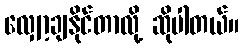
လျှော့ချနိုင်တာလို့ ဆိုပါတယ်။